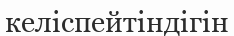
келіспейтіндігін